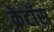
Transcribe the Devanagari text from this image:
क्रेटॉस